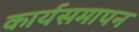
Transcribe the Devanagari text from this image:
कार्यसमापन